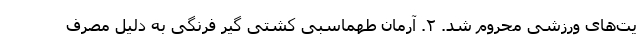
یت‌های ورزشی محروم شد. ۲. آرمان طهماسبی کشتی گیر فرنگی به دلیل مصرف